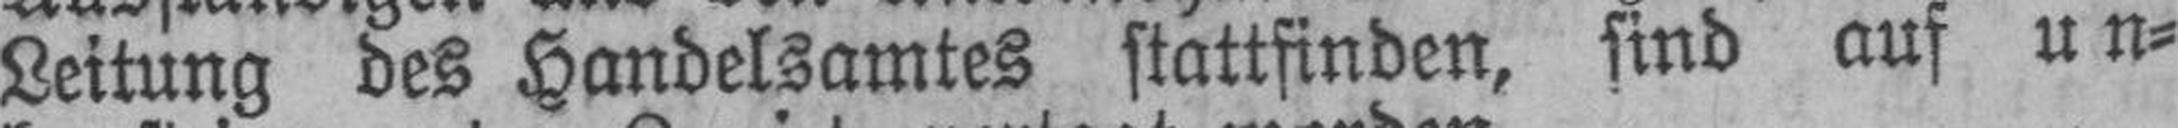
Leitung des Handelsamtes stattfinden, find auf un¬